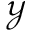
\mathcal { Y }